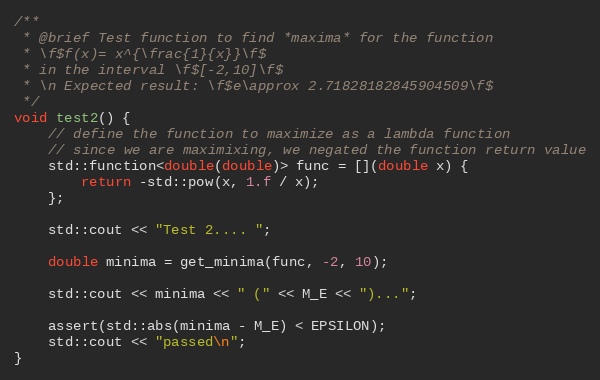
Language: C++
/**
 * @brief Test function to find *maxima* for the function
 * \f$f(x)= x^{\frac{1}{x}}\f$
 * in the interval \f$[-2,10]\f$
 * \n Expected result: \f$e\approx 2.71828182845904509\f$
 */
void test2() {
    // define the function to maximize as a lambda function
    // since we are maximixing, we negated the function return value
    std::function<double(double)> func = [](double x) {
        return -std::pow(x, 1.f / x);
    };

    std::cout << "Test 2.... ";

    double minima = get_minima(func, -2, 10);

    std::cout << minima << " (" << M_E << ")...";

    assert(std::abs(minima - M_E) < EPSILON);
    std::cout << "passed\n";
}